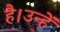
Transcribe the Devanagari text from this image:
है।उन्हें